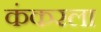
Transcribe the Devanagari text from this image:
कंकरला